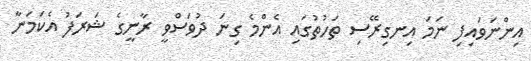
އިންނަވައިފި ނަމަ އިނގިރޭސި ތަހުތުގައި އެންމެ ގިނަ ދުވަސްވީ ރާނީގެ ޝަރަފު އެކަމަނާ